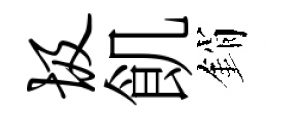
圾飢銷